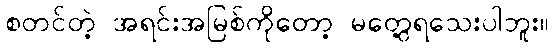
စတင်တဲ့ အရင်းအမြစ်ကိုတော့ မတွေ့ရသေးပါဘူး။